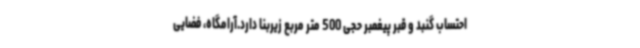
احتساب گنبد و قبر پیغمبر حجی 500 متر مربع زیربنا دارد.آرامگاه، فضایی